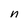
Character: n